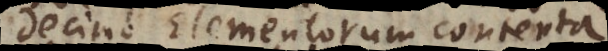
Decimo Elementorum contenta